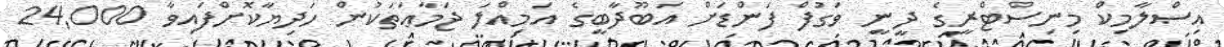
އިސްލާމިކް މިނިސްޓްރީގެ ދީނީ ވަގުފް ފަންޑަށް އަބޫދާބީގެ އަމިއްލަ ޖަމާޢަތަކުން ހަދިޔާކޮށްފައިވާ 24